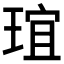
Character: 𤦌